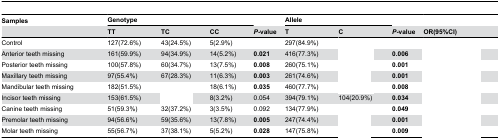
<table><thead><tr><td><b>Samples</b></td><td colspan="3"><b>Genotype</b></td><td>[EMPTY_CELL]</td><td colspan="2"><b>Allele</b></td><td>[EMPTY_CELL]</td><td>[EMPTY_CELL]</td></tr><tr><td>[EMPTY_CELL]</td><td><b>TT</b></td><td><b>TC</b></td><td><b>CC</b></td><td><b><i>P</i>-value</b></td><td><b>T</b></td><td><b>C</b></td><td><b><i>P</i>-value</b></td><td><b> OR(95%CI)</b></td></tr></thead><tbody><tr><td>Control</td><td>127(72.6%)</td><td>43(24.5%)</td><td>5(2.9%)</td><td>[EMPTY_CELL]</td><td>297(84.9%)</td><td>[EMPTY_CELL]</td><td>[EMPTY_CELL]</td><td>[EMPTY_CELL]</td></tr><tr><td>Anterior teeth missing</td><td>161(59.9%)</td><td>94(34.9%)</td><td>14(5.2%)</td><td><b>0.021</b></td><td>416(77.3%)</td><td>[EMPTY_CELL]</td><td><b>0.006</b></td><td>[EMPTY_CELL]</td></tr><tr><td>Posterior teeth missing</td><td>100(57.8%)</td><td>60(34.7%)</td><td>13(7.5%)</td><td><b>0.008</b></td><td>260(75.1%)</td><td>[EMPTY_CELL]</td><td><b>0.001</b></td><td>[EMPTY_CELL]</td></tr><tr><td>Maxillary teeth missing</td><td>97(55.4%)</td><td>67(28.3%)</td><td>11(6.3%)</td><td><b>0.003</b></td><td>261(74.6%)</td><td>[EMPTY_CELL]</td><td><b>0.001</b></td><td>[EMPTY_CELL]</td></tr><tr><td>Mandibular teeth missing</td><td>182(51.5%)</td><td>[EMPTY_CELL]</td><td>18(6.1%)</td><td><b>0.035</b></td><td>460(77.7%)</td><td>[EMPTY_CELL]</td><td><b>0.008</b></td><td>[EMPTY_CELL]</td></tr><tr><td>Incisor teeth missing</td><td>153(61.5%)</td><td>[EMPTY_CELL]</td><td>8(3.2%)</td><td>0.054</td><td>394(79.1%)</td><td>104(20.9%)</td><td><b>0.034</b></td><td>[EMPTY_CELL]</td></tr><tr><td>Canine teeth missing</td><td>51(59.3%)</td><td>32(37.2%)</td><td>3(3.5%)</td><td>0.092</td><td>134(77.9%)</td><td>[EMPTY_CELL]</td><td><b>0.049</b></td><td>[EMPTY_CELL]</td></tr><tr><td>Premolar teeth missing</td><td>94(56.6%)</td><td>59(35.6%)</td><td>13(7.8%)</td><td><b>0.005</b></td><td>247(74.4%)</td><td>[EMPTY_CELL]</td><td><b>0.001</b></td><td>[EMPTY_CELL]</td></tr><tr><td>Molar teeth missing</td><td>55(56.7%)</td><td>37(38.1%)</td><td>5(5.2%)</td><td><b>0.028</b></td><td>147(75.8%)</td><td>[EMPTY_CELL]</td><td><b>0.009</b></td><td>[EMPTY_CELL]</td></tr></tbody></table>